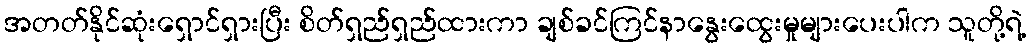
အတတ်နိုင်ဆုံးရှောင်ရှားပြီး စိတ်ရှည်ရှည်ထားကာ ချစ်ခင်ကြင်နာနွေးထွေးမှုများပေးပါက သူတို့ရဲ့